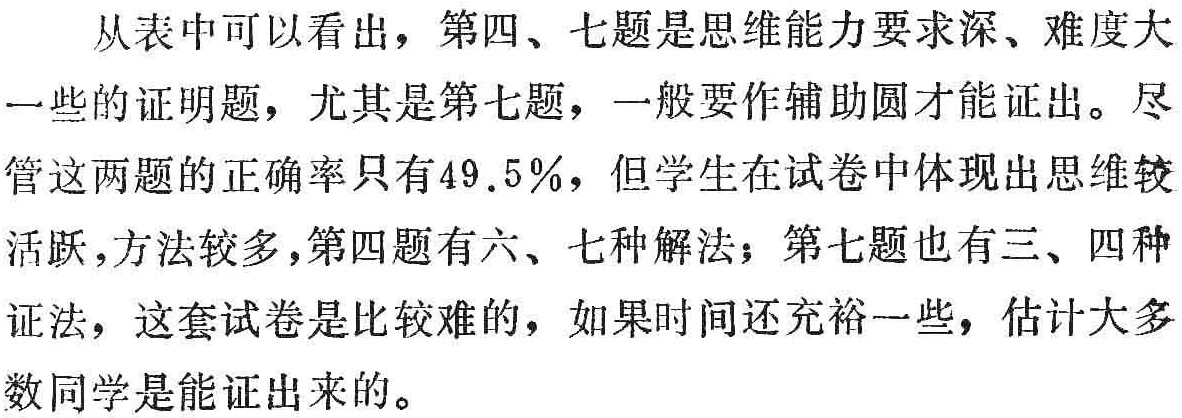
从表中可以看出，第四、七题是思维能力要求深、难度大

一些的证明题，尤其是第七题，一般要作辅助圆才能证出。尽

管这两题的正确率只有$49.5\%$，但学生在试卷中体现出思维较

活跃，方法较多，第四题有六、七种解法；第七题也有三、四种

证法，这套试卷是比较难的，如果时间还充裕一些，估计大多

数同学是能证出来的。